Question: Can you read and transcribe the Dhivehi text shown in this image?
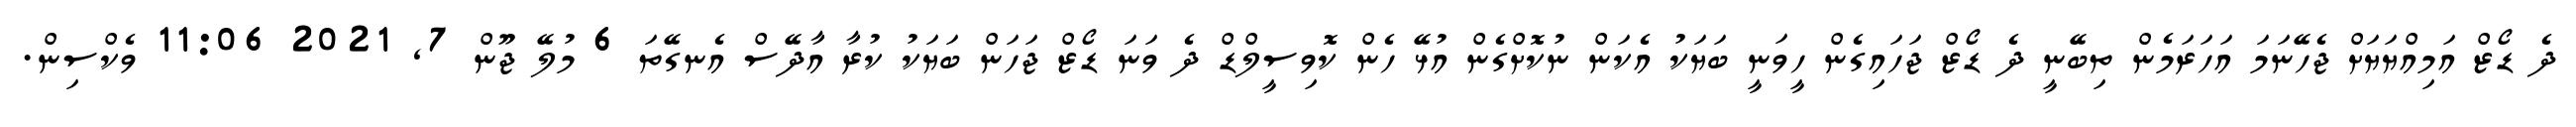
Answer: ދެ ޑޯޒް އަމިއްޔަޔަށް ޖެހޭނަމަ އަހަރަމެން ތިބޭނީ ދެ ޑޯޒް ޖަހައިގެން ހީވަނީ ބަޔަކު އެކަން ނުކޮށްގެން އުޅޭ ހެން ކޮވިސީލްޑް ދެ ވަނަ ޑޯޒް ޖަހަން ބަޔަކު ކުރާ އާދޭސް އެނގޭތަ 6 މުލޭ ޖޫން 7, 2021 11:06 ވެކްސިން.